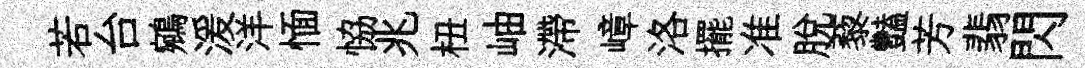
若台鵷湲洋愐恊兆杻岫滯嶂洛擺准脫藜豔芳翡閃